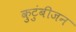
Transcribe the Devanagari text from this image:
कुटुंबीजन